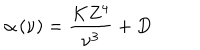
\alpha \left( \nu \right) = \frac { K Z ^ { 4 } } { \nu ^ { 3 } } + D